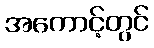
အကောင့်တွင်